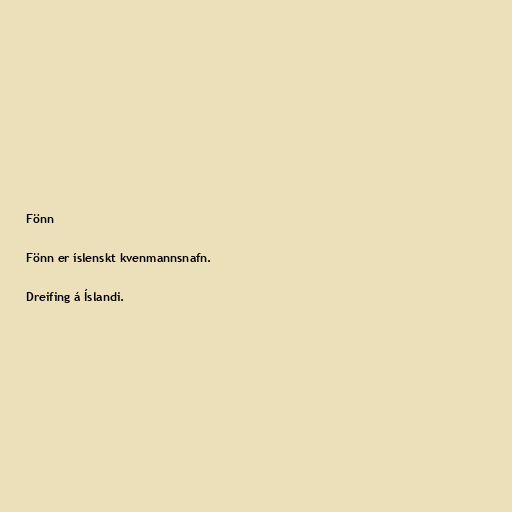
Fönn

Fönn er íslenskt kvenmannsnafn.

Dreifing á Íslandi.